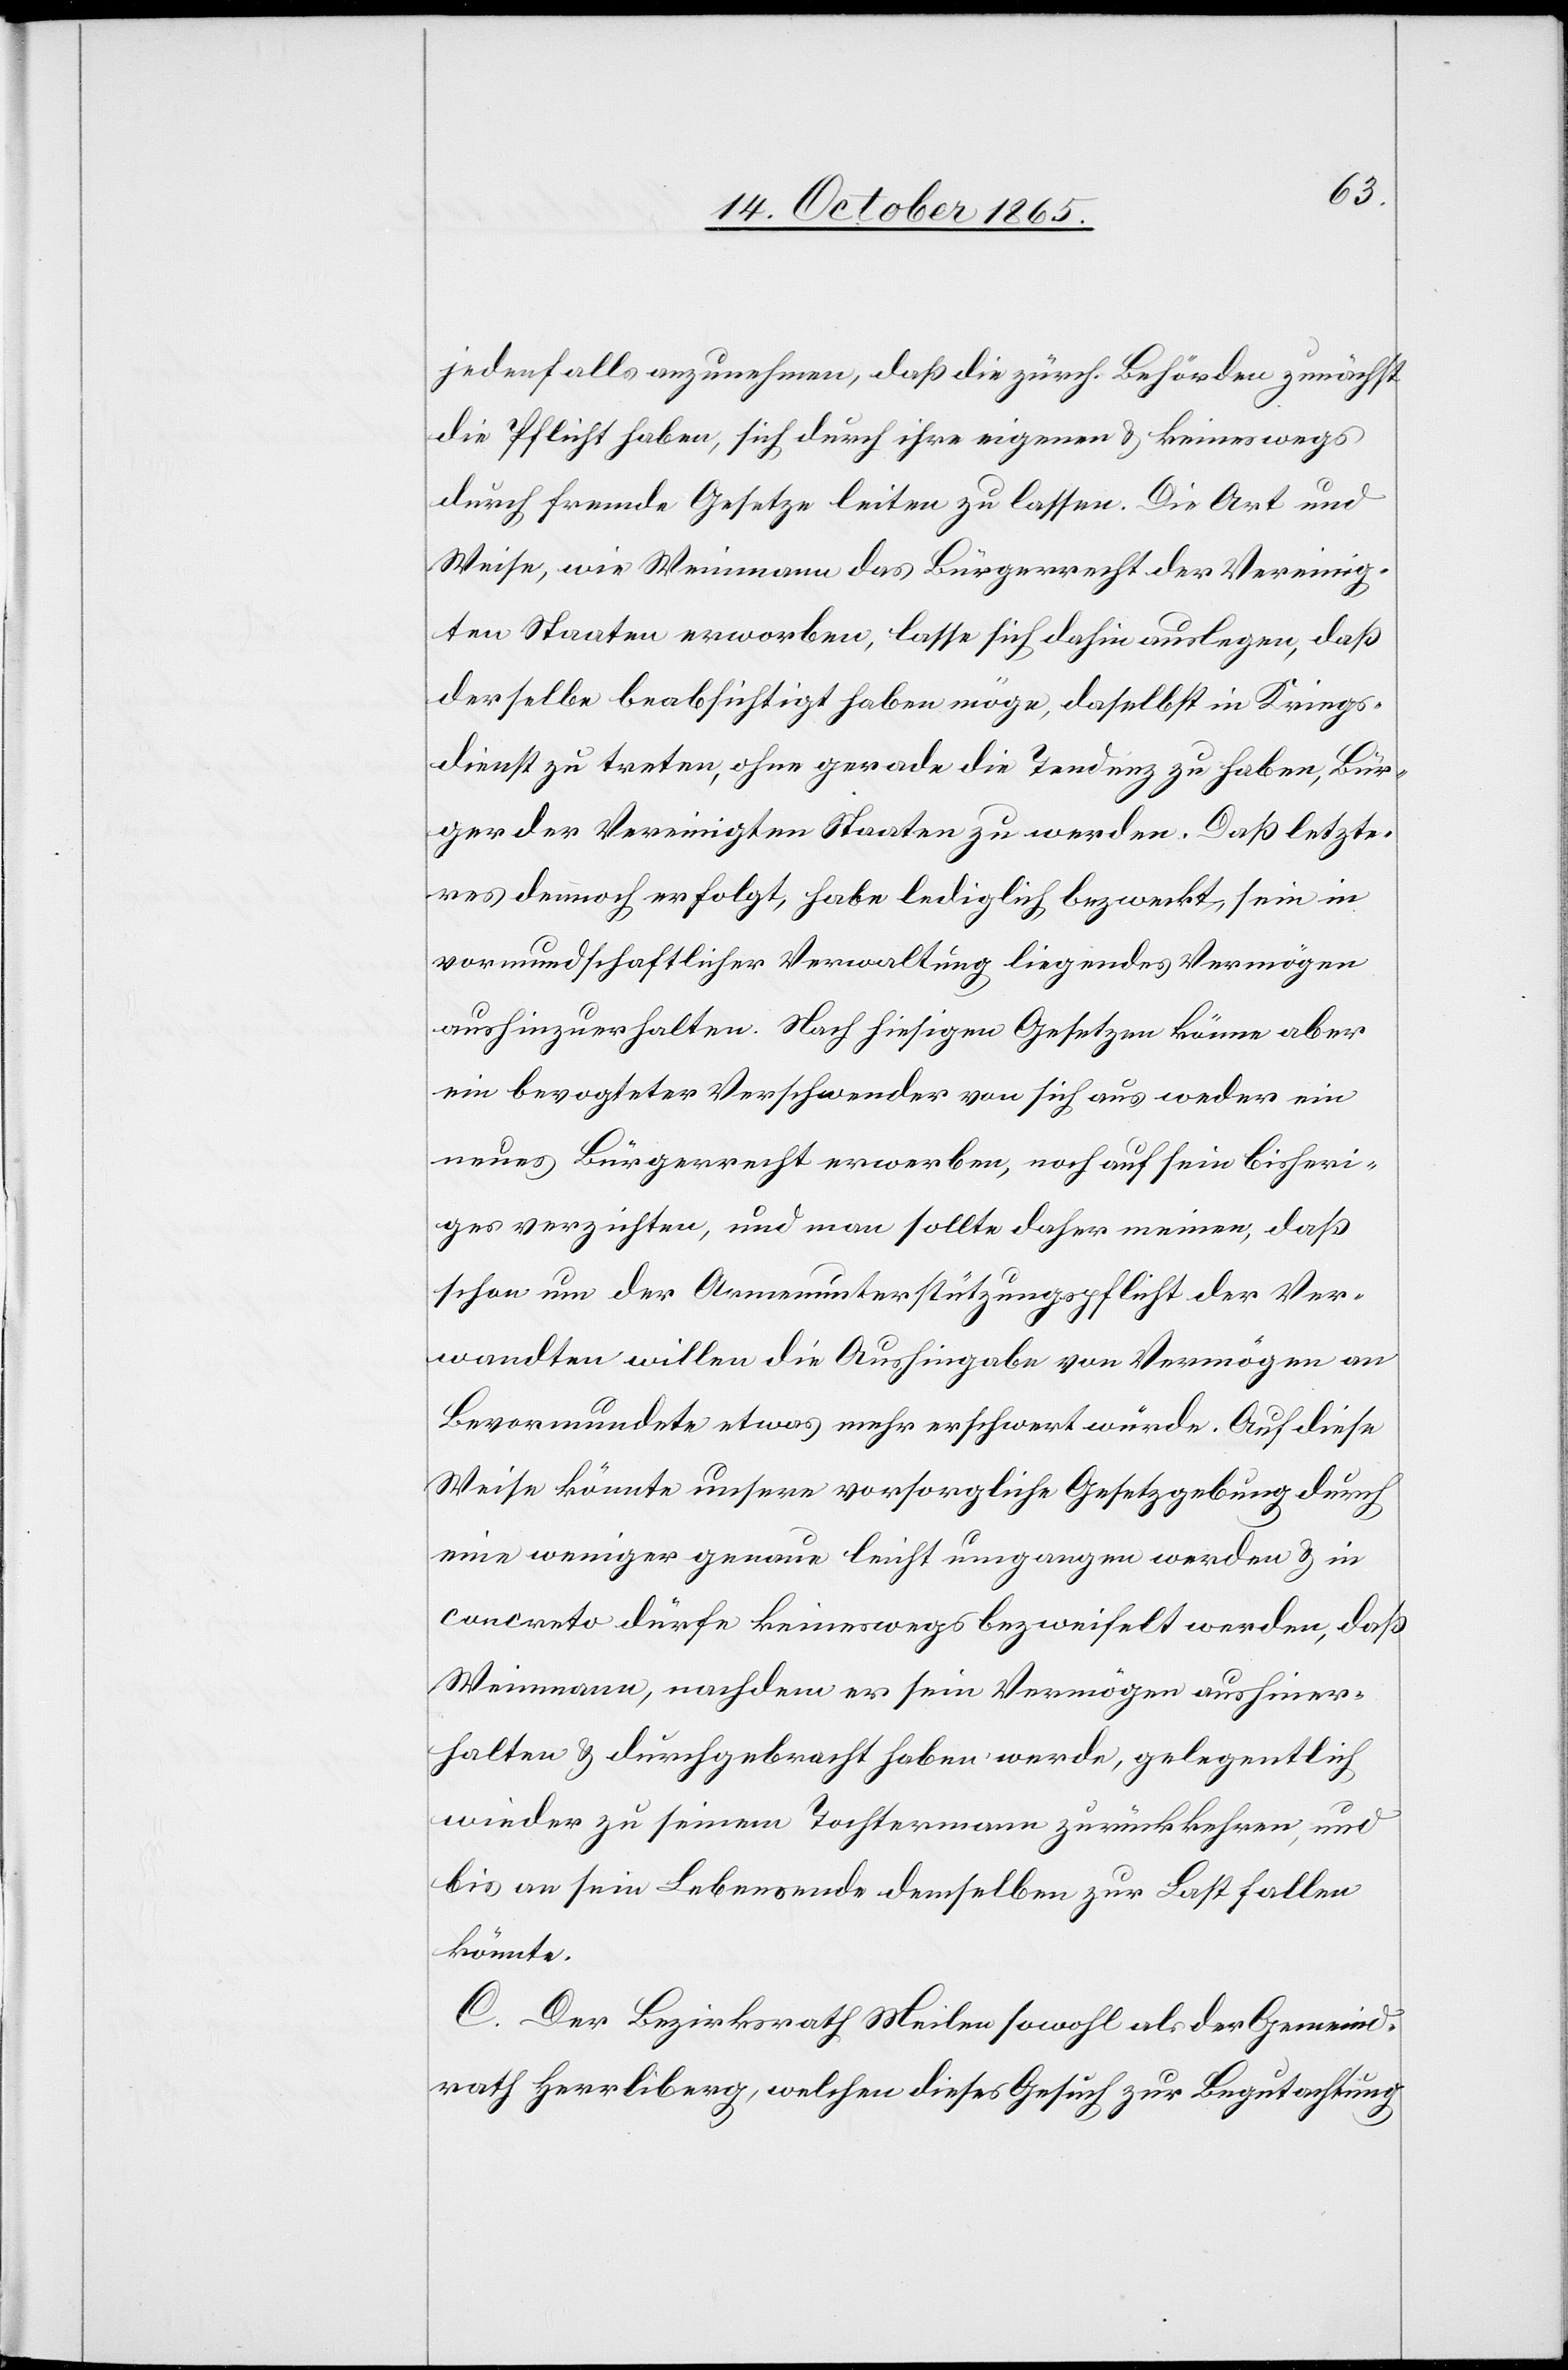
jedenfalls anzunehmen, daß die zürch. Behörden zunächst
die Pflicht haben, sich durch ihre eigenen & keineswegs
durch fremde Gesetze leiten zu lassen. Die Art und
Weise, wie Weinmann das Bürgerrecht der Vereinig¬
ten Staaten erworben, lasse sich dahin auslegen, daß
derselbe beabsichtigt haben möge, daselbst in Kriegs¬
dienst zu treten, ohne gerade die Tendenz zu haben, Bür¬
ger der Vereinigten Staaten zu werden. Daß letzte¬
res dennoch erfolgt, habe lediglich bezweckt, sein in
vormundschaftlicher Verwaltung liegendes Vermögen
aushinzuerhalten. Nach hiesigen Gesetzen könne aber
ein bevogteter Verschwender von sich aus weder ein
neues Bürgerrecht erwerben, noch auf sein bisheri¬
ges verzichten, und man sollte daher meinen, daß
schon um der Armenunterstützungspflicht der Ver¬
wandten willen die Aushingabe von Vermögen an
Bevormundete etwas mehr erschwert würde. Auf diese
Weise könnte unsere vorsorgliche Gesetzgebung durch
eine weniger genaue leicht umgangen werden & in
concreto dürfe keineswegs bezweifelt werden, daß
Weinmann, nachdem er sein Vermögen aushiner¬
halten & durchgebracht haben werde, gelegentlich
wieder zu seinem Tochtermann zurückkehren, und
bis an sein Lebensende demselben zur Last fallen
könnte.
C. Der Bezirksrath Meilen sowohl als der Gemeind¬
rath Herrliberg, welchen dieses Gesuch zur Begutachtung